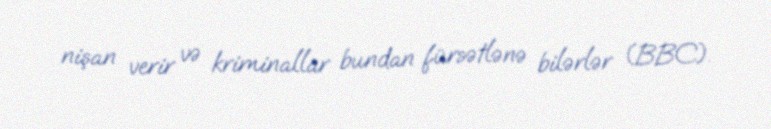
nişan verir və kriminallar bundan fürsətlənə bilərlər (BBC).